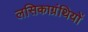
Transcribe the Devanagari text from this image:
लसिकाग्रंथियों